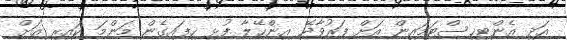
އަދި އެންޓިހިސްޓަމައިން އަށް ފަރުވާދޭ އިންހޭލާ ފުޅި ހިފައިގެން މަންމަ ކައިރި އަށް